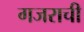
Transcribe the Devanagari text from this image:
गजराची